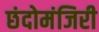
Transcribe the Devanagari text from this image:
छंदोमंजिरी